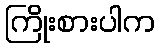
ကြိုးစားပါက